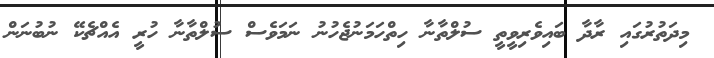
މިދަތުރުގައި ރާދާ ބައިވެރިވީތީ ސުލްތާނާ ހިތްހަމަނުޖެހުނު ނަމަވެސް ސުލްތާނާ ހުރީ އެއްޗެކޭ ނުބުނަން